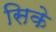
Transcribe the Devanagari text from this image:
सिके